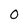
Character: 0